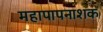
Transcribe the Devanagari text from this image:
महापापनाशक